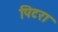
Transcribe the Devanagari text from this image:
पिटरा